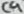
Text: C9